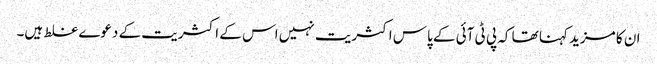
ان کا مزید کہنا تھا کہ پی ٹی آئی کے پاس اکثریت نہیں اس کے اکثریت کے دعوے غلط ہیں۔